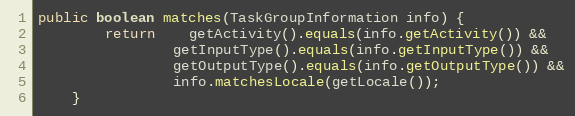
Language: Java
public boolean matches(TaskGroupInformation info) {
		return	getActivity().equals(info.getActivity()) &&
				getInputType().equals(info.getInputType()) &&
				getOutputType().equals(info.getOutputType()) &&
				info.matchesLocale(getLocale());
	}